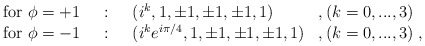
\begin{align*}\begin{array}{llll}\mbox{for }\phi=+1 &~:~ & (i^k,1,\pm1,\pm1,\pm1,1)& ,(k=0,...,3)\\ \mbox{for }\phi=-1 &~:~ & (i^k e^{i\pi/4},1,\pm1,\pm1,\pm1,1) &,(k=0,...,3)\; ,\end{array}\end{align*}